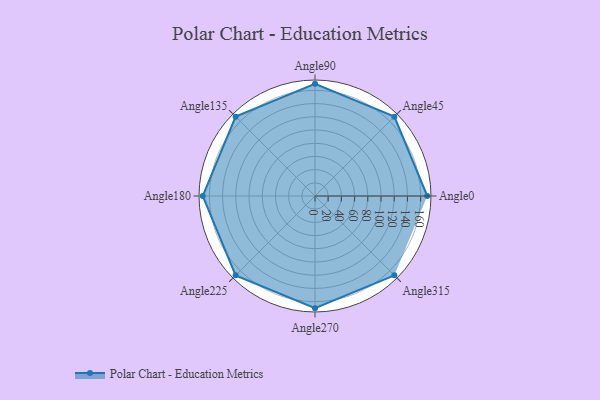
{"axis": {"x": "Angle", "y": "Radius"}, "legend": [""], "data": [{"x": "Angle0", "y": 170, "type": ""}, {"x": "Angle45", "y": 170, "type": ""}, {"x": "Angle90", "y": 170, "type": ""}, {"x": "Angle135", "y": 170, "type": ""}, {"x": "Angle180", "y": 170, "type": ""}, {"x": "Angle225", "y": 170, "type": ""}, {"x": "Angle270", "y": 170, "type": ""}, {"x": "Angle315", "y": 170, "type": ""}]}